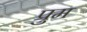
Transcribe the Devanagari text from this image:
प्रुम